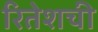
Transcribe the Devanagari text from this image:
रितेशची